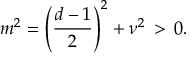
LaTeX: m ^ { 2 } = \left( \frac { d - 1 } { 2 } \right) ^ { 2 } + \nu ^ { 2 } \, > \, 0 .